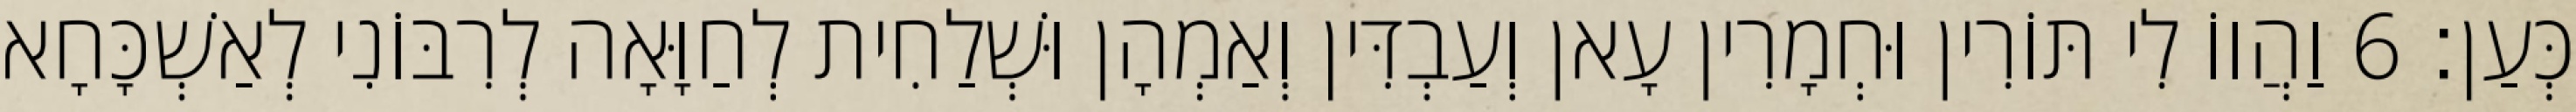
כְּעַן׃ 6 וַהֲווֹ לִי תּוֹרִין וּחְמָרִין עָאן וְעַבְדִּין וְאַמְהָן וּשְׁלַחִית לְחַוָּאָה לְרִבּוֹנִי לְאַשְׁכָּחָא